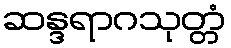
ဆန္ဒရာဂသုတ္တံ